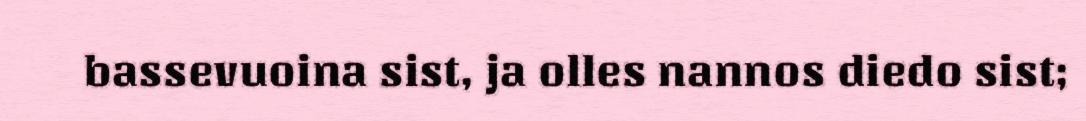
bassevuoina sist, ja olles nannos diedo sist;